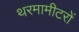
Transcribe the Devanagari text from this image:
थरमामीटरों